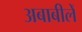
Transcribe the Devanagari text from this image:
अबाबीलें